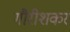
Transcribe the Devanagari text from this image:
गौरीशकर